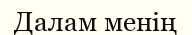
Далам менің